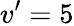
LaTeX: v’=5